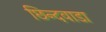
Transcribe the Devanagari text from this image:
छिन्दवाडा